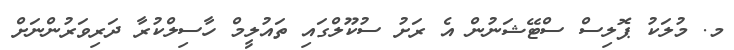
މ. މުލަކު ޕޮލިސް ސްޓޭޝަނުން އެ ރަށު ސުކޫލްގައި ތައުލީމް ހާސިލްކުރާ ދަރިވަރުންނަށް